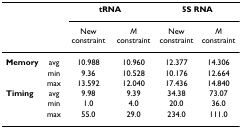
<table><thead><tr><td></td><td></td><td colspan="2"><b>tRNA</b></td><td colspan="2"><b>5S RNA</b></td></tr><tr><td></td><td></td><td><b>New constraint</b></td><td><b><i>M </i>constraint</b></td><td><b>New constraint</b></td><td><b><i>M </i>constraint</b></td></tr></thead><tbody><tr><td><b>Memory</b></td><td>avg</td><td>10.988</td><td>10.960</td><td>12.377</td><td>14.306</td></tr><tr><td></td><td>min</td><td>9.36</td><td>10.528</td><td>10.176</td><td>12.664</td></tr><tr><td></td><td>max</td><td>13.592</td><td>12.040</td><td>17.436</td><td>14.840</td></tr><tr><td><b>Timing</b></td><td>avg</td><td>9.98</td><td>9.39</td><td>34.38</td><td>73.07</td></tr><tr><td></td><td>min</td><td>1.0</td><td>4.0</td><td>20.0</td><td>36.0</td></tr><tr><td></td><td>max</td><td>55.0</td><td>29.0</td><td>234.0</td><td>111.0</td></tr></tbody></table>